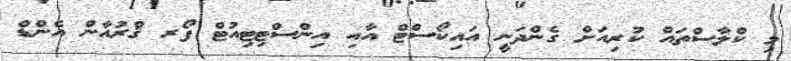
މި ކްލާސްތައް ކުރިއަށް ގެންދަނީ އައިކޯސްޓް އާއި އިންސްޓިޓިއުޓް ފޯރ ޤްރުއާން އެންޑް